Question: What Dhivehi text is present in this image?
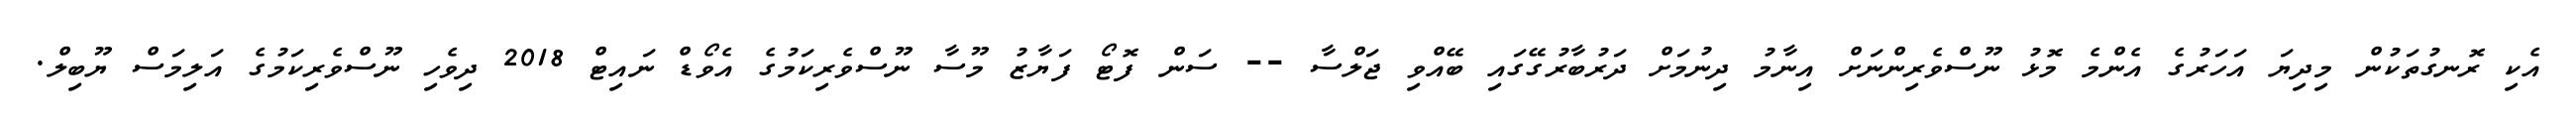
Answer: އެކި ރޮނގުތަކުން މިދިޔަ އަހަރުގެ އެންމެ މޮޅު ނޫސްވެރިންނަށް އިނާމު ދިނުމަށް ދަރުބާރުގޭގައި ބޭއްވި ޖަލްސާ -- ސަން ފޮޓޯ ފަޔާޒު މޫސާ ނޫސްވެރިކަމުގެ އެވޯޑް ނައިޓް 2018 ދިވެހި ނޫސްވެރިކަމުގެ އަލިމަސް ޔޫބިލް.